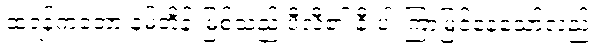
ထရန့်ကတော့ နမ့်တိန်းမြစ်သည် ပီလီ၏ နီးပါးကြာမြင့်နေသော်လည်း